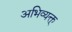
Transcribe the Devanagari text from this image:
अभिव्यक्त्